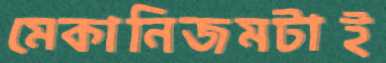
মেকানিজমটাই